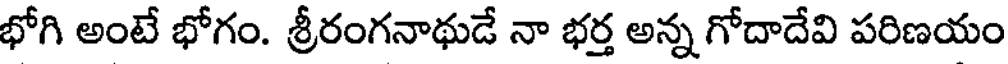
భోగి అంటే భోగం. శ్రీరంగనాథుడే నా భర్త అన్న గోదాదేవి పరిణయం